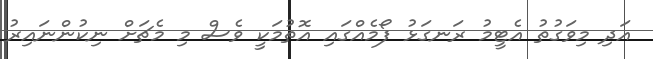
އަދި މިވަގުތު އެޓީމު ރަނގަޅު ފޯމެއްގައި އޮތުމަކީ ވެސް މި މެޗަށް ނިކުންނައިރު